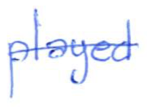
Text: played
Cross-out: mix
Writing tool: ballpoint